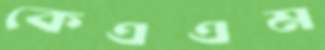
কেএএম